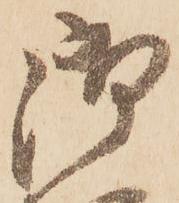
御